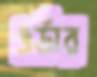
ওর্ডার